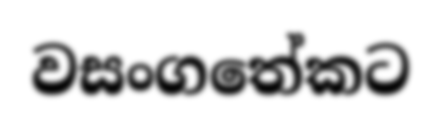
වසංගතේකට